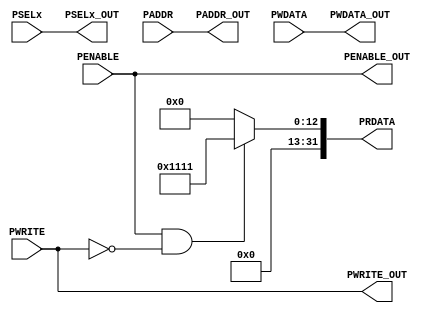
module APBinterface(input PWRITE, input PENABLE, input [2:0] PSELx, input [31:0] PADDR, input [31:0] PWDATA,
                 output PWRITE_OUT, output PENABLE_OUT, output [2:0] PSELx_OUT, output  [31:0] PADDR_OUT, output[31:0] PWDATA_OUT, output reg[31:0] PRDATA);

assign PWDATA_OUT=PWDATA;
assign PWRITE_OUT=PWRITE;
assign PENABLE_OUT=PENABLE;
assign PSELx_OUT=PSELx;
assign PADDR_OUT=PADDR;

always@(*)
begin
if(PENABLE && !PWRITE)
PRDATA=32'h00001111;
else
PRDATA=32'h00000000;			 
end
			 
endmodule